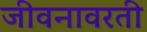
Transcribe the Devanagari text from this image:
जीवनावरती